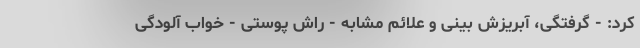
کرد: - گرفتگی، آبریزش بینی و علائم مشابه - راش پوستی - خواب آلودگی